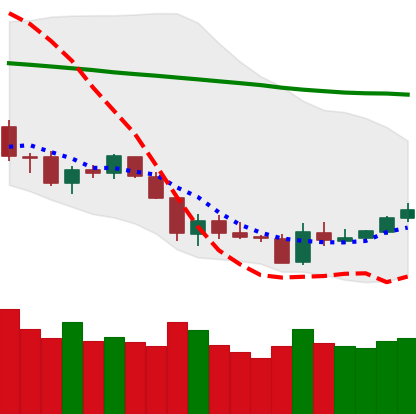
Ticker: LTC-USD
Chart end date: 2018-06-03
Forward return: -4.315%
Label: down_3_5